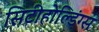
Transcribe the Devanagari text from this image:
सिटीहोल्डिंग्स